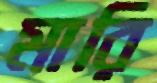
মারি